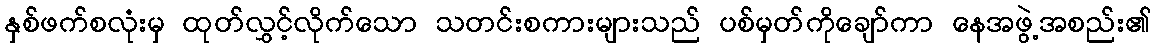
နှစ်ဖက်စလုံးမှ ထုတ်လွှင့်လိုက်သော သတင်းစကားများသည် ပစ်မှတ်ကိုချော်ကာ နေအဖွဲ့အစည်း၏